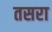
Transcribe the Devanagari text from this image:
तसरा